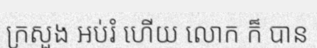
ក្រសួង អប់រំ ហើយ លោក ក៏ បាន